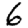
Digit: 6